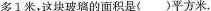
多1米，这块玻璃的面积是()平方米.